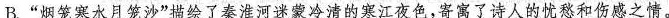
B.”烟笼寒水月笼沙”描绘了秦淮河迷蒙冷清的寒江夜色，寄寓了诗人的忧愁和伤感之情。